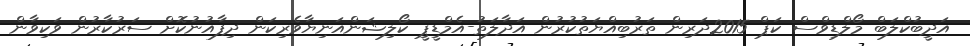
އަދީބުކްލަބް މޯލްޑިވްސް ކަޕް 2015ދަރިން ތަރުބިއްޔަތުކުރުން އަދާލަތު-އެމްޑީޕީ ކޯލިޝަންއަނިޔާވެރިކަން ދިފާއުނުކޮށް ސަރުކާރުން ވަކިވާން